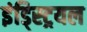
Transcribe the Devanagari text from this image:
इंड्स्ट्रियल